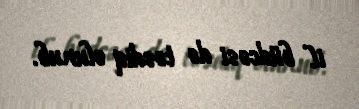
il büdcəsi də təsdiq olunub.